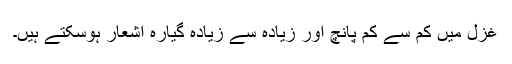
غزل میں کم سے کم پانچ اور زیادہ سے زیادہ گیارہ اشعار ہوسکتے ہیں۔